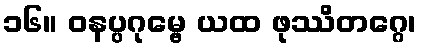
၁၆။ ဝနပ္ပဂုမ္ဗေ ယထ ဖုဿိတဂ္ဂေ၊